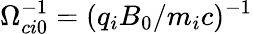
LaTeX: \Omega_{ci0}^{-1}=(q_{i}B_{0}/m_{i}c)^{-1}